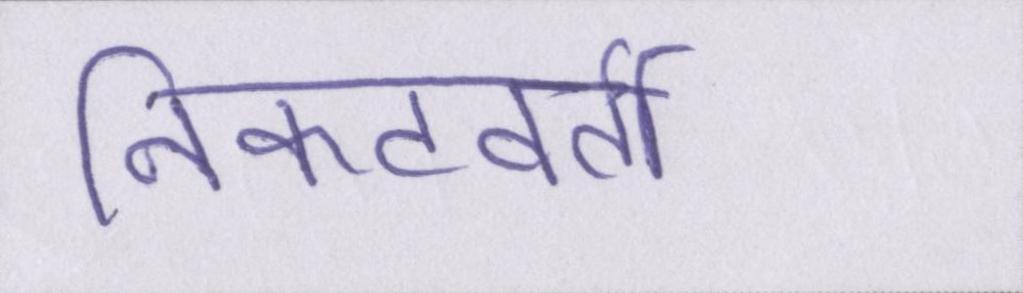
निकटवर्ती